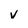
Character: v